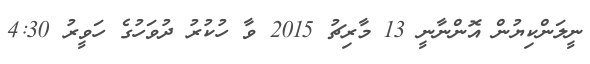
ނީލަންކިޔުން އޮންނާނީ 13 މާރިޗު 2015 ވާ ހުކުރު ދުވަހުގެ ހަވީރު 4:30